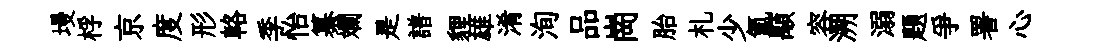
墁桴京度形輅季怡纂斕是譜貍雄淆洵品崗胎札少氲顒容溯溺題爭署心